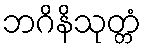
ဘဂိနိသုတ္တံ